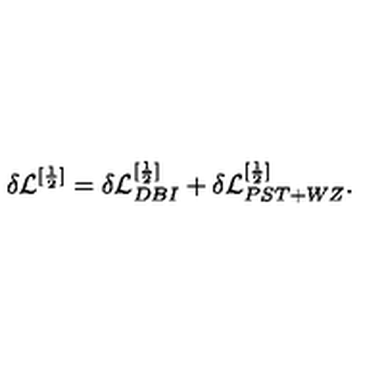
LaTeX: \delta { \cal L } ^ { [ \frac { 1 } { 2 } ] } = \delta { \cal L } _ { D B I } ^ { [ \frac { 1 } { 2 } ] } + \delta { \cal L } _ { P S T + W Z } ^ { [ \frac { 1 } { 2 } ] } .